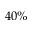
4 0 \%